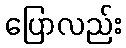
ပြောလည်း